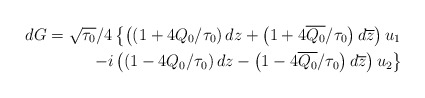
\begin{align*}dG=\sqrt{\tau_0}/4\left\{\left(\left(1+4Q_0/\tau_0\right)dz+\left(1+4\overline{Q_0}/\tau_0\right)d\overline{z}\right)u_1\right.\\\left.-i\left(\left(1-4Q_0/\tau_0\right)dz-\left(1-4\overline{Q_0}/\tau_0\right)d\overline{z}\right)u_2\right\}\end{align*}